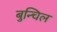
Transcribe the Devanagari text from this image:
बुन्चिल